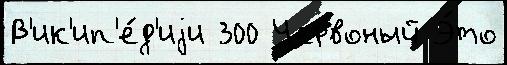
В'ик'ип'е́д'иjи 300 Червоный Э́то